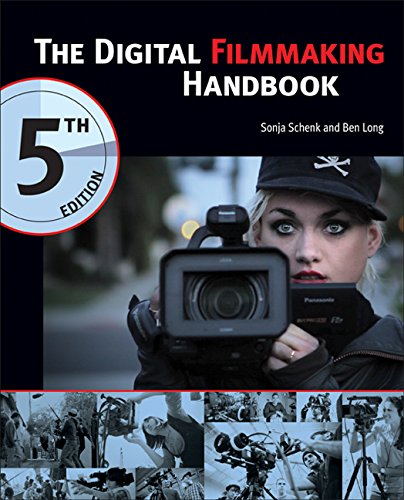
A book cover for The Digital Filmmaking Handbook, 5th Edition; Sonja Schenk; Computers & Technology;